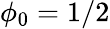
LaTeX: \phi_{0}=1/2